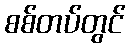
စစ်တပ်တွင်